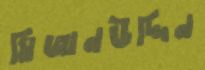
মিজানউদ্দিন